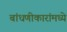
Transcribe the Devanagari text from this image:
बांधणीकारांमध्ये